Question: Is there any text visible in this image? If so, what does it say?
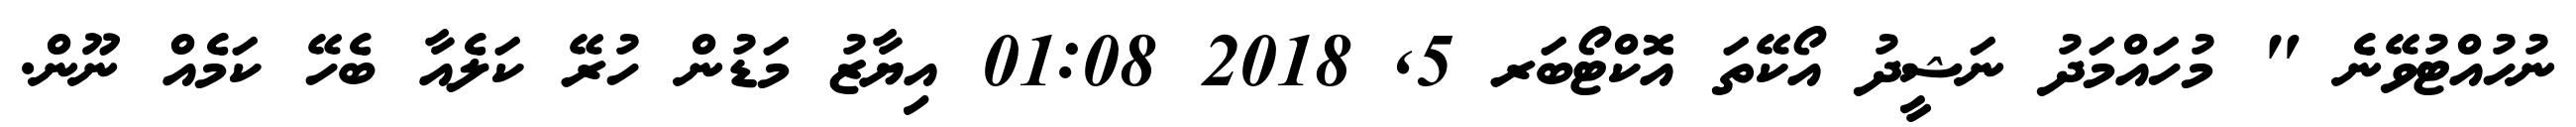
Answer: ނުހުއްޓުވޭނެ " މުހައްމަދު ނަޝީދު އޯކޭތަ އޮކްޓޯބަރ 5, 2018 01:08 އިޔާޒު މަޑުން ހުރޭ ކަލެއާ ބެހޭ ކަމެއް ނޫން.